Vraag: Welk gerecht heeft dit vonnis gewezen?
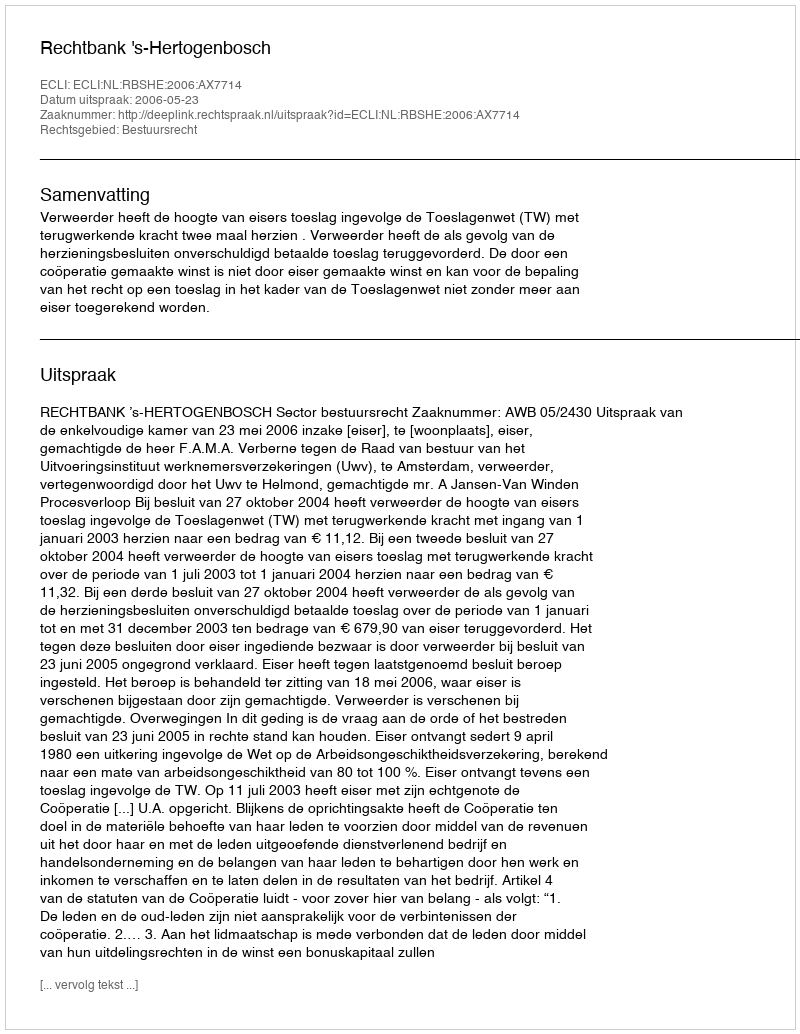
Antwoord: Rechtbank 's-Hertogenbosch